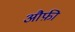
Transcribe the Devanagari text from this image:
औफ़ी